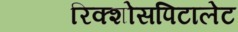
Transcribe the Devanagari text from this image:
रिक्शोसपिटालेट